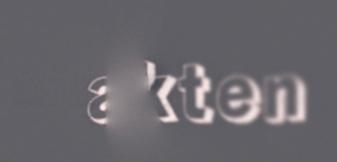
akten